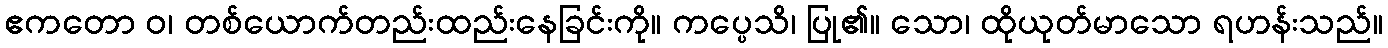
ဧကတော ဝ၊ တစ်ယောက်တည်းထည်းနေခြင်းကို။ ကပ္ပေသိ၊ ပြု၏။ သော၊ ထိုယုတ်မာသော ရဟန်းသည်။